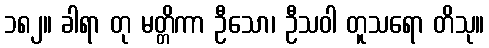
၁၈၂။ ခါရာ တု မတ္တိကာ ဦသော၊ ဦသဝါ တူသရော တိသု။